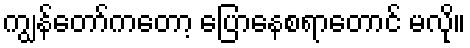
ကျွန်တော်ကတော့ ပြောနေစရာတောင် မလို။